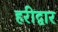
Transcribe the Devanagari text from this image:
हरीद्वार